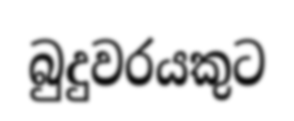
බුදුවරයකුට